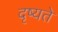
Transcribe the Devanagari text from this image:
दृष्यते